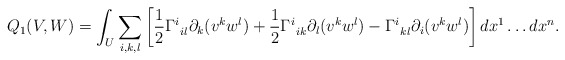
\begin{align*} Q_1(V,W) = \int_U \sum_{i,k,l} \left[ \frac12 \Gamma^i_{\: \: il} \partial_k (v^k w^l)+ \frac12 \Gamma^i_{\: \: ik} \partial_l (v^k w^l)- \Gamma^i_{\: \: kl} \partial_i (v^k w^l) \right] dx^1 \ldots dx^n.\end{align*}